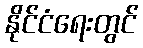
နိုင်ငံရေးတွင်